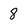
Character: 8